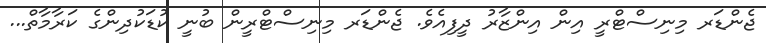
ޖެންޑަރ މިނިސްޓްރީ އިން އިންޒާރު ދީފިއެވެ. ޖެންޑަރ މިނިސްޓްރީން ބުނީ ކުޑަކުދިންގެ ކަރާމާތް...